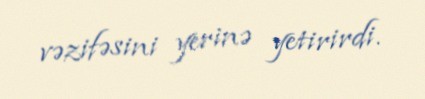
vəzifəsini yerinə yetirirdi.